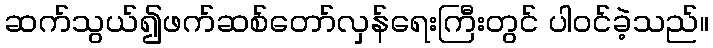
ဆက်သွယ်၍ဖက်ဆစ်တော်လှန်ရေးကြီးတွင် ပါဝင်ခဲ့သည်။